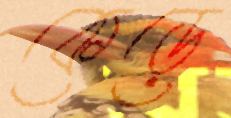
কেড়ে